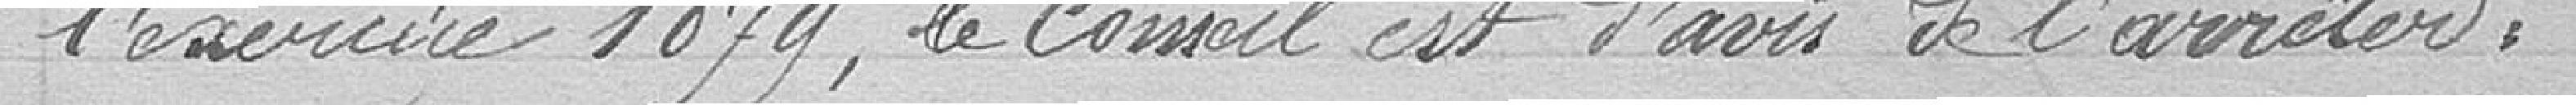
l'exercice 1879, le Conseil est d'avis de l'arrêter :